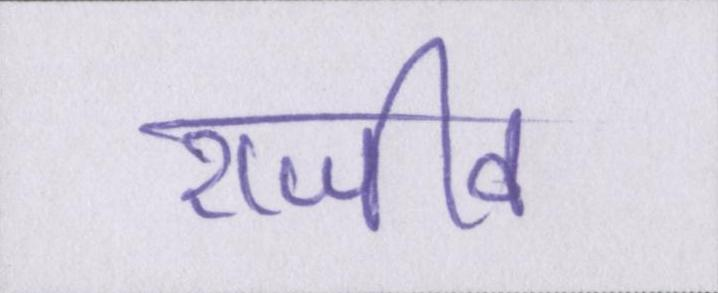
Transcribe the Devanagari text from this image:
राजीव